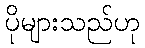
ပိုများသည်ဟု